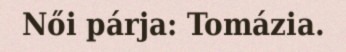
Női párja: Tomázia.